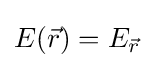
E({\vec {r}})=E_{\vec {r}}